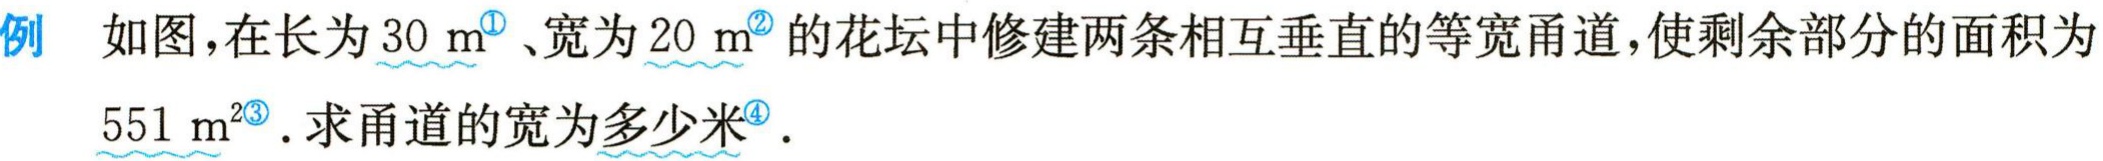
例 如图，在长为\(30\mathrm{m}^{\textcircled{1}}\)、宽为\(20\mathrm{m}^{\textcircled{2}}\)的花坛中修建两条相互垂直的等宽甬道，使剩余部分的面积为\(551\mathrm{m}^{2\textcircled{3}}\)。求甬道的宽为多少米\(^{\textcircled{4}}\)。